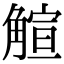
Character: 𧤎